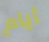
أيام